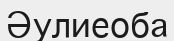
Әулиеоба